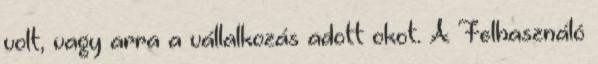
volt, vagy arra a vállalkozás adott okot. A Felhasználó